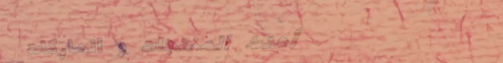
أحدث المنتجات و الماركات